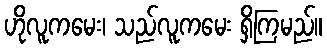
ဟိုလူကမေး၊ သည်လူကမေး ရှိကြမည်။